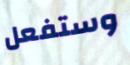
وستفعل